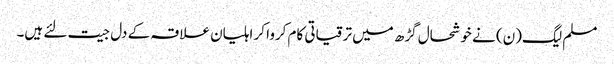
مسلم لیگ(ن) نے خوشحال گڑھ میں ترقیاتی کام کروا کر اہلیان علاقہ کے دل جیت لئے ہیں۔